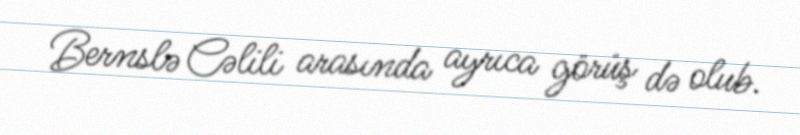
Bernslə Cəlili arasında ayrıca görüş də olub.